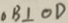
O B \bot O D